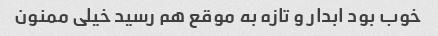
خوب بود ابدار و تازه به موقع هم رسید خیلی ممنون